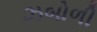
ઝબોળી